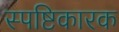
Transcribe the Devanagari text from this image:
स्पष्टिकारक